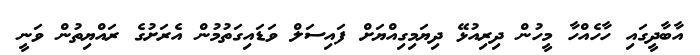
އާބާދީގައި ހާހެއްހާ މީހުން ދިރިއުޅޭ ދިޔަމިގިއްޔަށް ފައިސަލް ވަޑައިގަތުމުން އެރަށުގެ ރައްޔިތުން ވަނީ